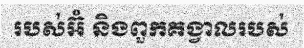
របស់អ៊ំ និងពួកគង្វាលរបស់